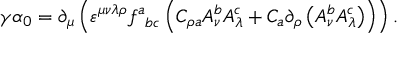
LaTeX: \gamma \alpha _ { 0 } = \partial _ { \mu } \left( \varepsilon ^ { \mu \nu \lambda \rho } f _ { \; \; b c } ^ { a } \left( C _ { \rho a } A _ { \nu } ^ { b } A _ { \lambda } ^ { c } + C _ { a } \partial _ { \rho } \left( A _ { \nu } ^ { b } A _ { \lambda } ^ { c } \right) \right) \right) .